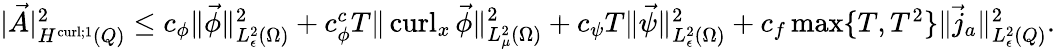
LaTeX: \begin{array}{r}{|\vec{A}|_{H^{\operatorname{curl};1}(Q)}^{2}\leq c_{\phi}\| \vec{\phi}\| _{L_{\epsilon}^{2}({\Omega})}^{2}+c_{\phi}^{c}T\| \operatorname{curl}_{x}\vec{\phi}\| _{L_{\mu}^{2}(\Omega)}^{2}+c_{\psi}T\| \vec{\psi}\| _{L_{\epsilon}^{2}({\Omega})}^{2}+c_{f}\operatorname*{max}\{ T,T^{2}\} \| \vec{j}_{a}\| _{L_{\epsilon}^{2}({Q})}^{2}.}\end{array}